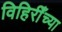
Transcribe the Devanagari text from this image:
विहिरीँच्या